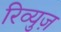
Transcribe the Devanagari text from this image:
रिव्युज़